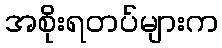
အစိုးရတပ်များက